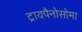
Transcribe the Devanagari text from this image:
ट्रायपैनोसोमा